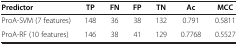
<table><thead><tr><td><b>Predictor</b></td><td><b>TP</b></td><td><b>FN</b></td><td><b>FP</b></td><td><b>TN</b></td><td><b>Ac</b></td><td><b>MCC</b></td></tr></thead><tbody><tr><td>ProA-SVM (7 features)</td><td>148</td><td>36</td><td>38</td><td>132</td><td>0.791</td><td>0.5811</td></tr><tr><td>ProA-RF (10 features)</td><td>146</td><td>38</td><td>41</td><td>129</td><td>0.7768</td><td>0.5527</td></tr></tbody></table>